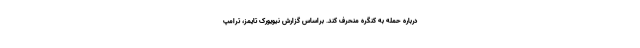
درباره حمله به کنگره منحرف کند. براساس گزارش نیویورک تایمز، ترامپ